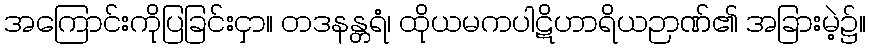
အကြောင်းကိုပြခြင်းငှာ။ တဒနန္တရံ၊ ထိုယမကပါဋိဟာရိယဉာဏ်၏ အခြားမဲ့၌။